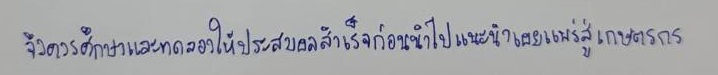
จึงควรศึกษาและทดลองให้ประสบผลสำเร็จก่อนนำไปแนะนำเผยแพร่สู่เกษตรกร